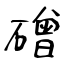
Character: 磳